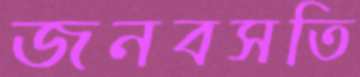
জনবসতি